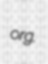
org.